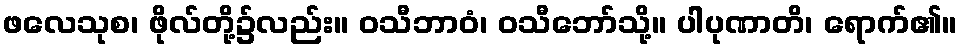
ဖလေသုစ၊ ဖိုလ်တို့၌လည်း။ ဝသီဘာဝံ၊ ဝသီဘော်သို့။ ပါပုဏာတိ၊ ရောက်၏။